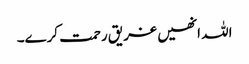
اللہ انھیں غریق رحمت کرے۔